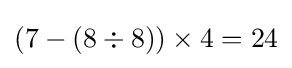
(7-(8\div 8))\times 4=24